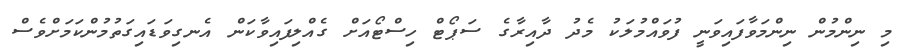
މި ނިންމުން ނިންމަވާފައިވަނީ ފުވައްމުލަކު މެދު ދާއިރާގެ ސަޕޯޓް ހިސްޓޯއަށް ގެއްލިފައިވާކަން އެނގިވަޑައިގަތުމުންކަމަށްވެސް